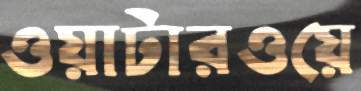
ওয়াটারওয়ে